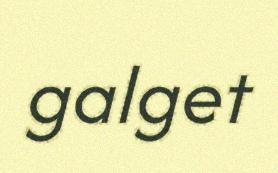
galget